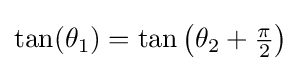
\tan(\theta _{1})=\tan \left(\theta _{2}+{\tfrac {\pi }{2}}\right)